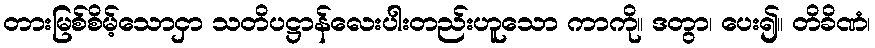
တားမြစ်စိမ့်သောငှာ သတိပဋ္ဌာန်လေးပါးတည်းဟူသော ကာကို။ ဒတွာ၊ ပေး၍။ တိခိဏံ၊